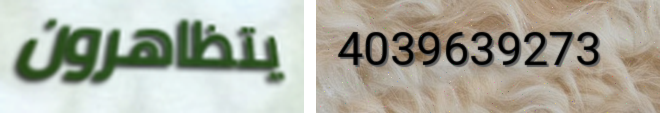
يتظاهرون 4039639273